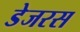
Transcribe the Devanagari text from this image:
डेजरस